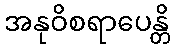
အနုဝိစရာပေန္တိ